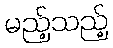
မည့်သည့်